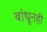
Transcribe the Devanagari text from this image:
बांधूनही